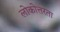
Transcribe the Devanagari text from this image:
लोकोत्तरता